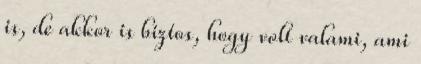
is, de akkor is biztos, hogy volt valami, ami